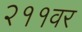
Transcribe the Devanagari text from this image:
२११वर